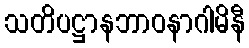
သတိပဋ္ဌာနဘာဝနာဂါမိနီ